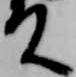
殿